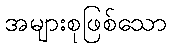
အများစုဖြစ်သော